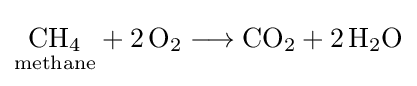
{{\underset {\mathrm {methane} }{\mathrm {CH} {\vphantom {A}}_{\smash[{t}]{4}}}}{}+{}2\,\mathrm {O} {\vphantom {A}}_{\smash[{t}]{2}}{}\mathrel {\longrightarrow } {}\mathrm {CO} {\vphantom {A}}_{\smash[{t}]{2}}{}+{}2\,\mathrm {H} {\vphantom {A}}_{\smash[{t}]{2}}\mathrm {O} }